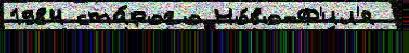
1984 ста́рого Но́во-Ф'ил'я